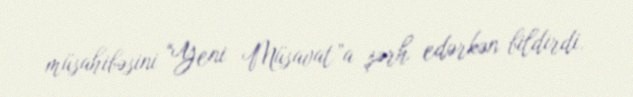
müsahibəsini “Yeni Müsavat”a şərh edərkən bildirdi.